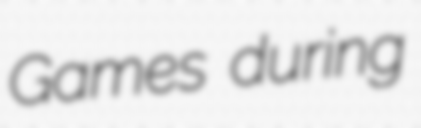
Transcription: Games during